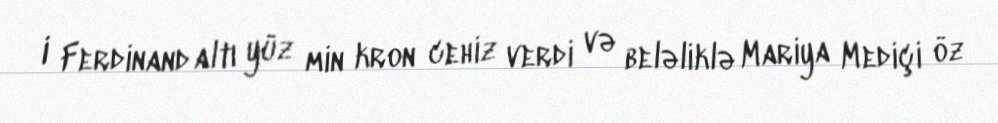
I Ferdinand altı yüz min kron cehiz verdi və beləliklə Mariya Mediçi öz